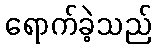
ရောက်ခဲ့သည်